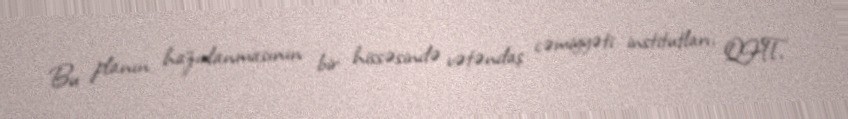
Bu planın hazırlanmasının bir hissəsində vətəndaş cəmiyyəti institutları, QHT,